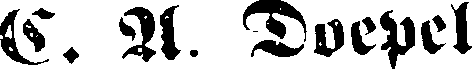
E. A. Doepel